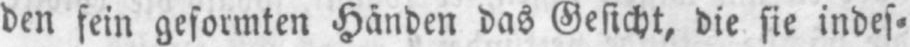
den sein geformten Händen das Gesicht, die sie indes⸗